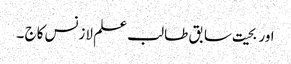
اور بحیت سابق طا لب علم لازنس کاج ۔